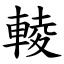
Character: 輘